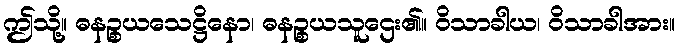
ဤသို့။ ဓနဉ္စယသေဋ္ဌိနော၊ ဓနဉ္စယသူဌေး၏။ ဝိသာခါယ၊ ဝိသာခါအား။